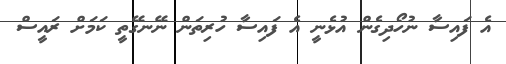
އެ ފައިސާ ނުހޯދިގެން އުޅެނީ އެ ފައިސާ ހުރިތަން ނޭނގޭތީ ކަމަށް ރައީސް